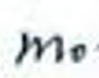
$m_0$